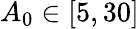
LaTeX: A_{0}\in[5,30]